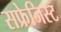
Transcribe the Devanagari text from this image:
सफ्रेजिस्ट